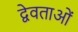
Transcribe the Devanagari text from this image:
द्वेवताओं